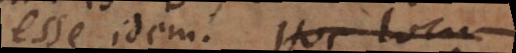
esse idem. Hoc locum